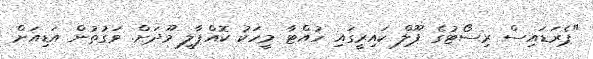
"ޕެރަޑައިސް ރިސޯޓުގެ ޕޫލް ކައިރީގައި ހުއްޓާ މީހަކު ކޮއްޕާލީ މޫދަށް. ވަގުތުން އަޑިއަށް